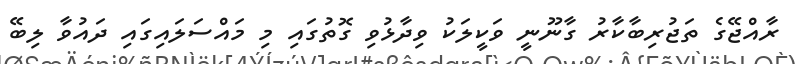
ރާއްޖޭގެ ތަޖުރިބާކާރު ގާނޫނީ ވަކީލަކު ވިދާޅުވި ގޮތުގައި މި މައްސަލައިގައި ދައުވާ ލިބޭ